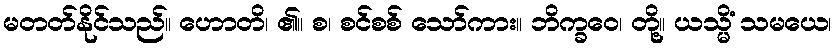
မတတ်နိုင်သည်။ ဟောတိ၊ ၏။ စ၊ စင်စစ် သော်ကား။ ဘိက္ခဝေ၊ တို့။ ယသ္မိံ သမယေ၊